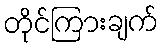
တိုင်ကြားချက်